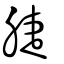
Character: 脻